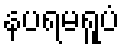
နပရမရူပံ